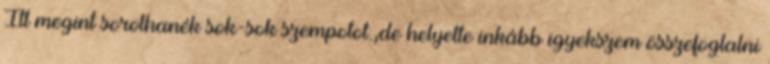
Itt megint sorolhanék sok-sok szempotot.,de helyette inkább igyekszem összefoglalni